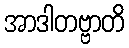
အာဒါတဗ္ဗာတိ